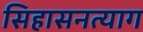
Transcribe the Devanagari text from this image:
सिहासनत्याग